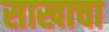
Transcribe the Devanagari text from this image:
साखाचा